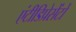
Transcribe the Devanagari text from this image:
एंटीडिप्रेसेंटों